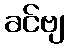
ခင်ဗျ